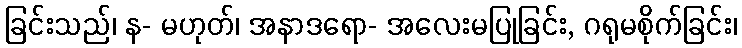
ခြင်းသည်၊ န- မဟုတ်၊ အနာဒရော- အလေးမပြုခြင်း, ဂရုမစိုက်ခြင်း၊